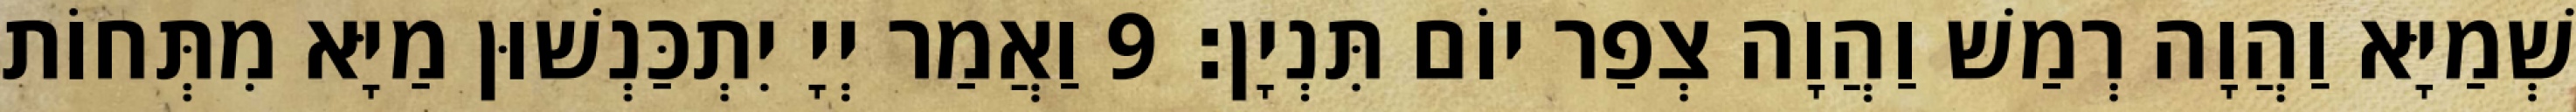
שְׁמַיָּא וַהֲוָה רְמַשׁ וַהֲוָה צְפַר יוֹם תִּנְיָן׃ 9 וַאֲמַר יְיָ יִתְכַּנְשׁוּן מַיָּא מִתְּחוֹת